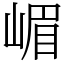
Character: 嵋